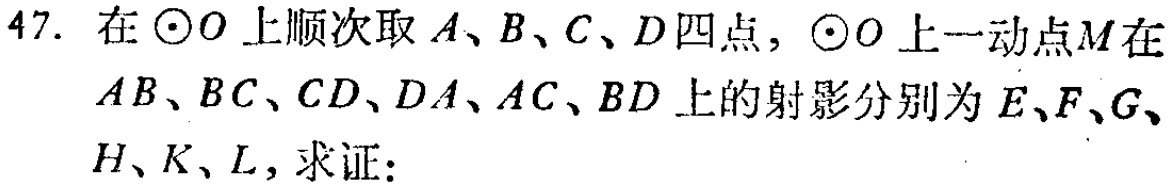
47. 在$\odot O$上顺次取$A、B、C、D$四点，$\odot O$上一动点$M$在$AB、BC、CD、DA、AC、BD$上的射影分别为$E、F、G、H、K、L$，求证：